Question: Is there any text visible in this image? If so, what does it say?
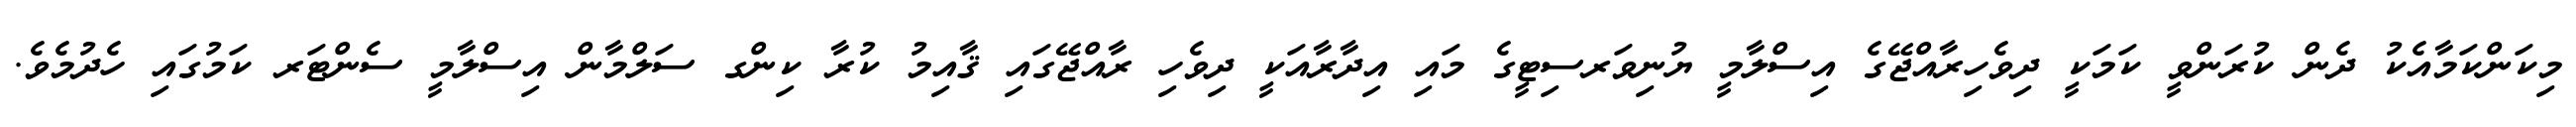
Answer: މިކަންކަމާއެކު ދެން ކުރަންވީ ކަމަކީ ދިވެހިރާއްޖޭގެ އިސްލާމީ ޔުނިވަރސިޓީގެ މައި އިދާރާއަކީ ދިވެހި ރާއްޖޭގައި ޤާއިމު ކުރާ ކިންގ ސަލްމާން އިސްލާމީ ސެންޓަރ ކަމުގައި ހެދުމެވެ.